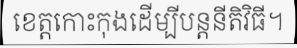
ខេត្តកោះកុងដើម្បីបន្តនីតិវិធី។